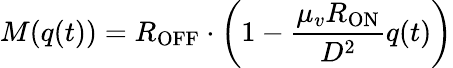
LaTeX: M(q(t))=R_{\mathrm{OFF}}\cdot\left(1-{\frac{\mu_{v}R_{\mathrm{ON}}}{D^{2}}}q(t)\right)